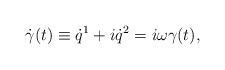
\begin{align*}\dot{\gamma}(t) \equiv \dot{q}^1 + i \dot{q}^2 = i\omega \gamma(t),\end{align*}